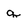
Character: q